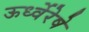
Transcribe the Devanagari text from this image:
ऊर्ध्वेरेषे